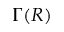
\Gamma ( R )